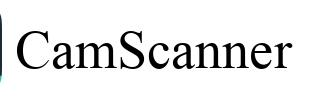
CamScanner